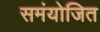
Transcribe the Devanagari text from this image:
समंयोजित